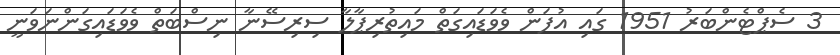
3 ސެޕްޓެންބަރު 1951 ގައި އުފަން ވެވަޑައިގަތް މައިތުރިޕާލާ ސިރިސޭނާ ނިސްބަތް ވެވަޑައިގަންނަވަނީ